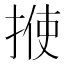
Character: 𪮈